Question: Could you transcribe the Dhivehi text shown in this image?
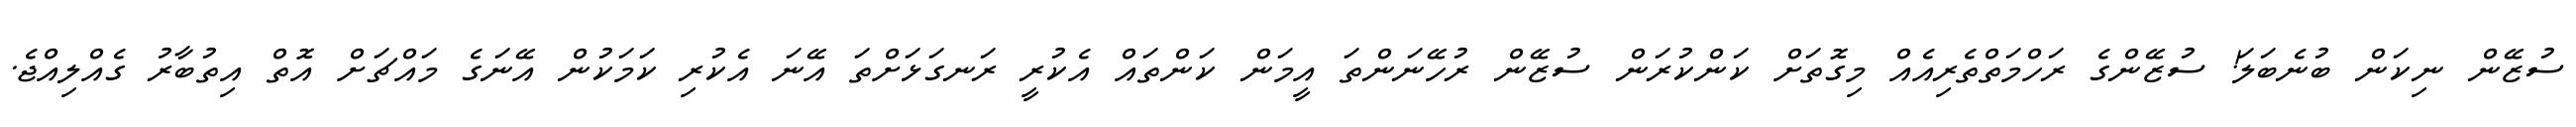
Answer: ސުޒޭން ނިކަން ބުނެބަލަ! ސުޒޭންގެ ރަހްމަތްތެރިއެއް މިގޮތަށް ކަންކުރަން ސުޒޭން ރުހޭނަންތަ އީމަން ކަންތައް އެކުރީ ރަނގަޅަށްތަ އޭނަ އެކުރި ކަމަކުން އޭނަގެ މައްޗަށް އޮތް އިތުބާރު ގެއްލިއްޖެ.